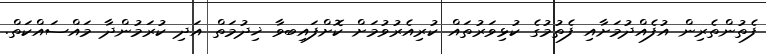
ފެތުންތެރިން އުފެއްދުމަށާއި ފެތުމުގެ ކުޅިވަރުތައް ކުރިއެރުވުމަށް ކޮށްފައިބވާ ޚިދުމަތް އަދި ކުރަމުންދާ މައްސައްކަތް.